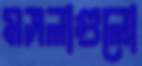
মসলাগুলো